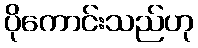
ပိုကောင်းသည်ဟု